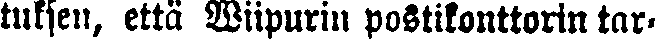
tuksen, että Wiipurin postikonttorin tar-